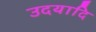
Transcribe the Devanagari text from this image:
उदयादि